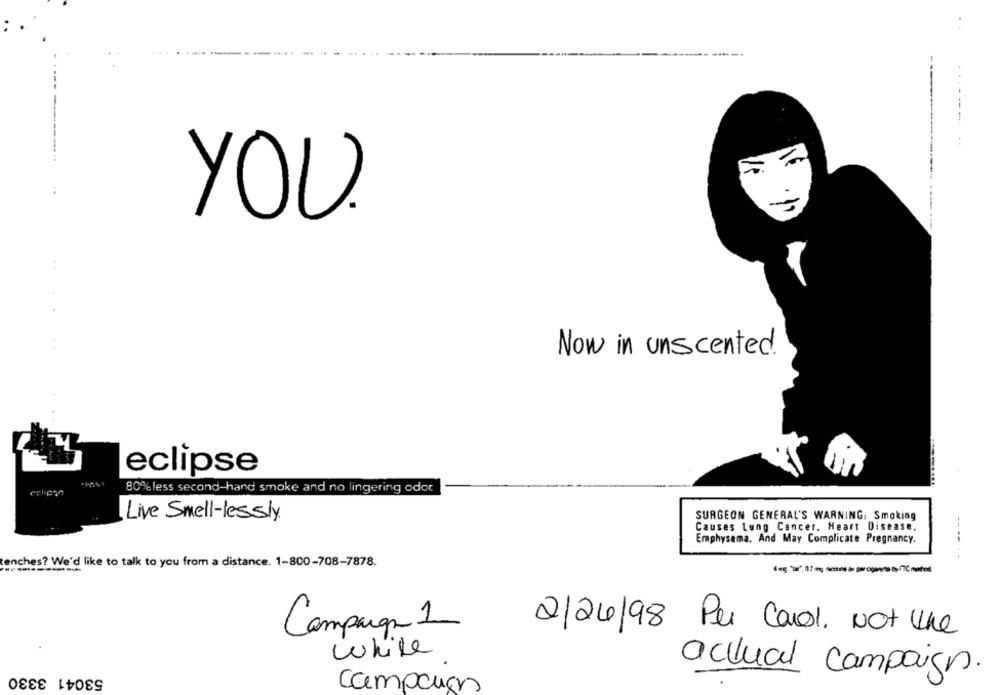
..
YOU.
Now in unscented.
eclipse
80% less second-hand smoke and no lingering odor
Live Smell-lessly.
SURGEON GENERAL'S WARNING: Smoking
Causes Lung Cancer. Heart Disease,
Emphysema, And May Complicate Pregnancy.
----
..
tenches? We'd like to talk to you from a distance. 1-800-708-7878.
----------
Campaign 1
2/24/98 Per Carol. Not the
white
53041 3330
actual campaign.
campaign